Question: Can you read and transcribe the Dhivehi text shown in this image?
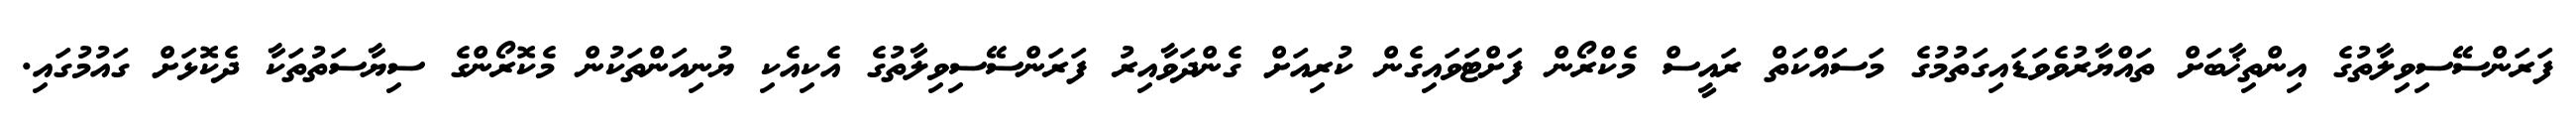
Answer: ފަރަންސޭސިވިލާތުގެ އިންތިޚާބަށް ތައްޔާރުވެވަޑައިގަތުމުގެ މަސައްކަތް ރައީސް މެކްރޯން ފަށްޓަވައިގެން ކުރިއަށް ގެންދަވާއިރު ފަރަންސޭސިވިލާތުގެ އެކިއެކި ޔުނިއަންތަކުން މެކޮރޯންގެ ސިޔާސަތުތަކާ ދެކޮޅަށް ގައުމުގައި.